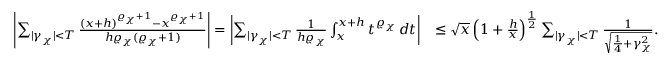
\begin{array} { r l } { \left| \sum _ { | \gamma _ { \chi } | < T } \frac { ( x + h ) ^ { \varrho _ { \chi } + 1 } - x ^ { \varrho _ { \chi } + 1 } } { h \varrho _ { \chi } ( \varrho _ { \chi } + 1 ) } \right| = \left| \sum _ { | \gamma _ { \chi } | < T } \frac { 1 } { h \varrho _ { \chi } } \int _ { x } ^ { x + h } t ^ { \varrho _ { \chi } } \, d t \right| } & { \leq \sqrt { x } \left( 1 + \frac { h } { x } \right) ^ { \frac { 1 } { 2 } } \sum _ { | \gamma _ { \chi } | < T } \frac { 1 } { \sqrt { \frac { 1 } { 4 } + \gamma _ { \chi } ^ { 2 } } } . } \end{array}